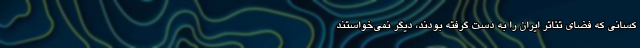
کسانی که فضای تئاتر ایران را به دست گرفته بودند، دیگر نمی‌خواستند